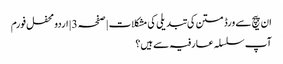
ان پیچ سے ورڈ متن کی تبدیلی کی مشکلات | صفحہ 3 | اردو محفل فورم
آپ سلسلہ عارفیہ سے ہیں؟